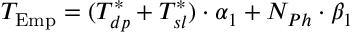
T _ { \mathrm { E m p } } = ( T _ { d p } ^ { * } + T _ { s l } ^ { * } ) \cdot \alpha _ { 1 } + N _ { P h } \cdot \beta _ { 1 }